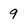
Character: 9